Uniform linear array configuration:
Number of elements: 64
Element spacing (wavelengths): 1
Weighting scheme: kaiser
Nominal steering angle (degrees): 15
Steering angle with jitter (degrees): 16.34
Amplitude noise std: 0.05
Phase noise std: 0.05

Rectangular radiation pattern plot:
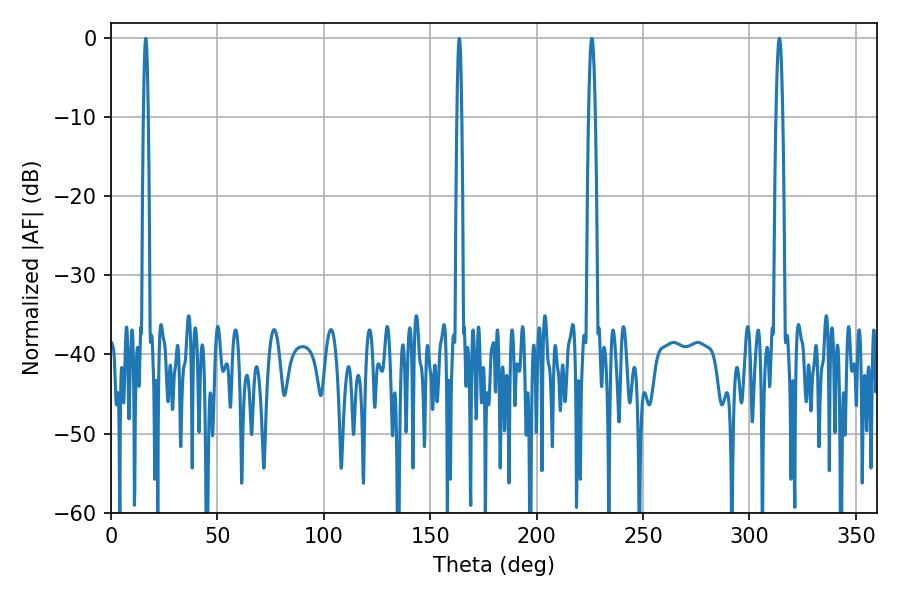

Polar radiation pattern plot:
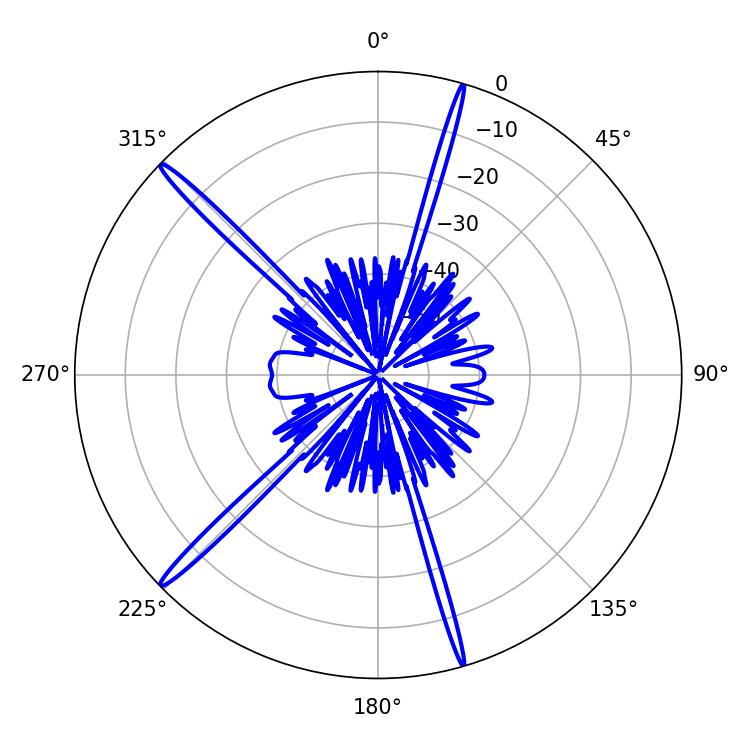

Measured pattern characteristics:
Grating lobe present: TRUE
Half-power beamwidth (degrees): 1.62
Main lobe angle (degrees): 225.9